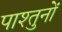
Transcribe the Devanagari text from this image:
पाश्तुनों